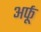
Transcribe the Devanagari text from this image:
अर्फू